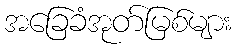
အခြေခံအုတ်မြစ်များ